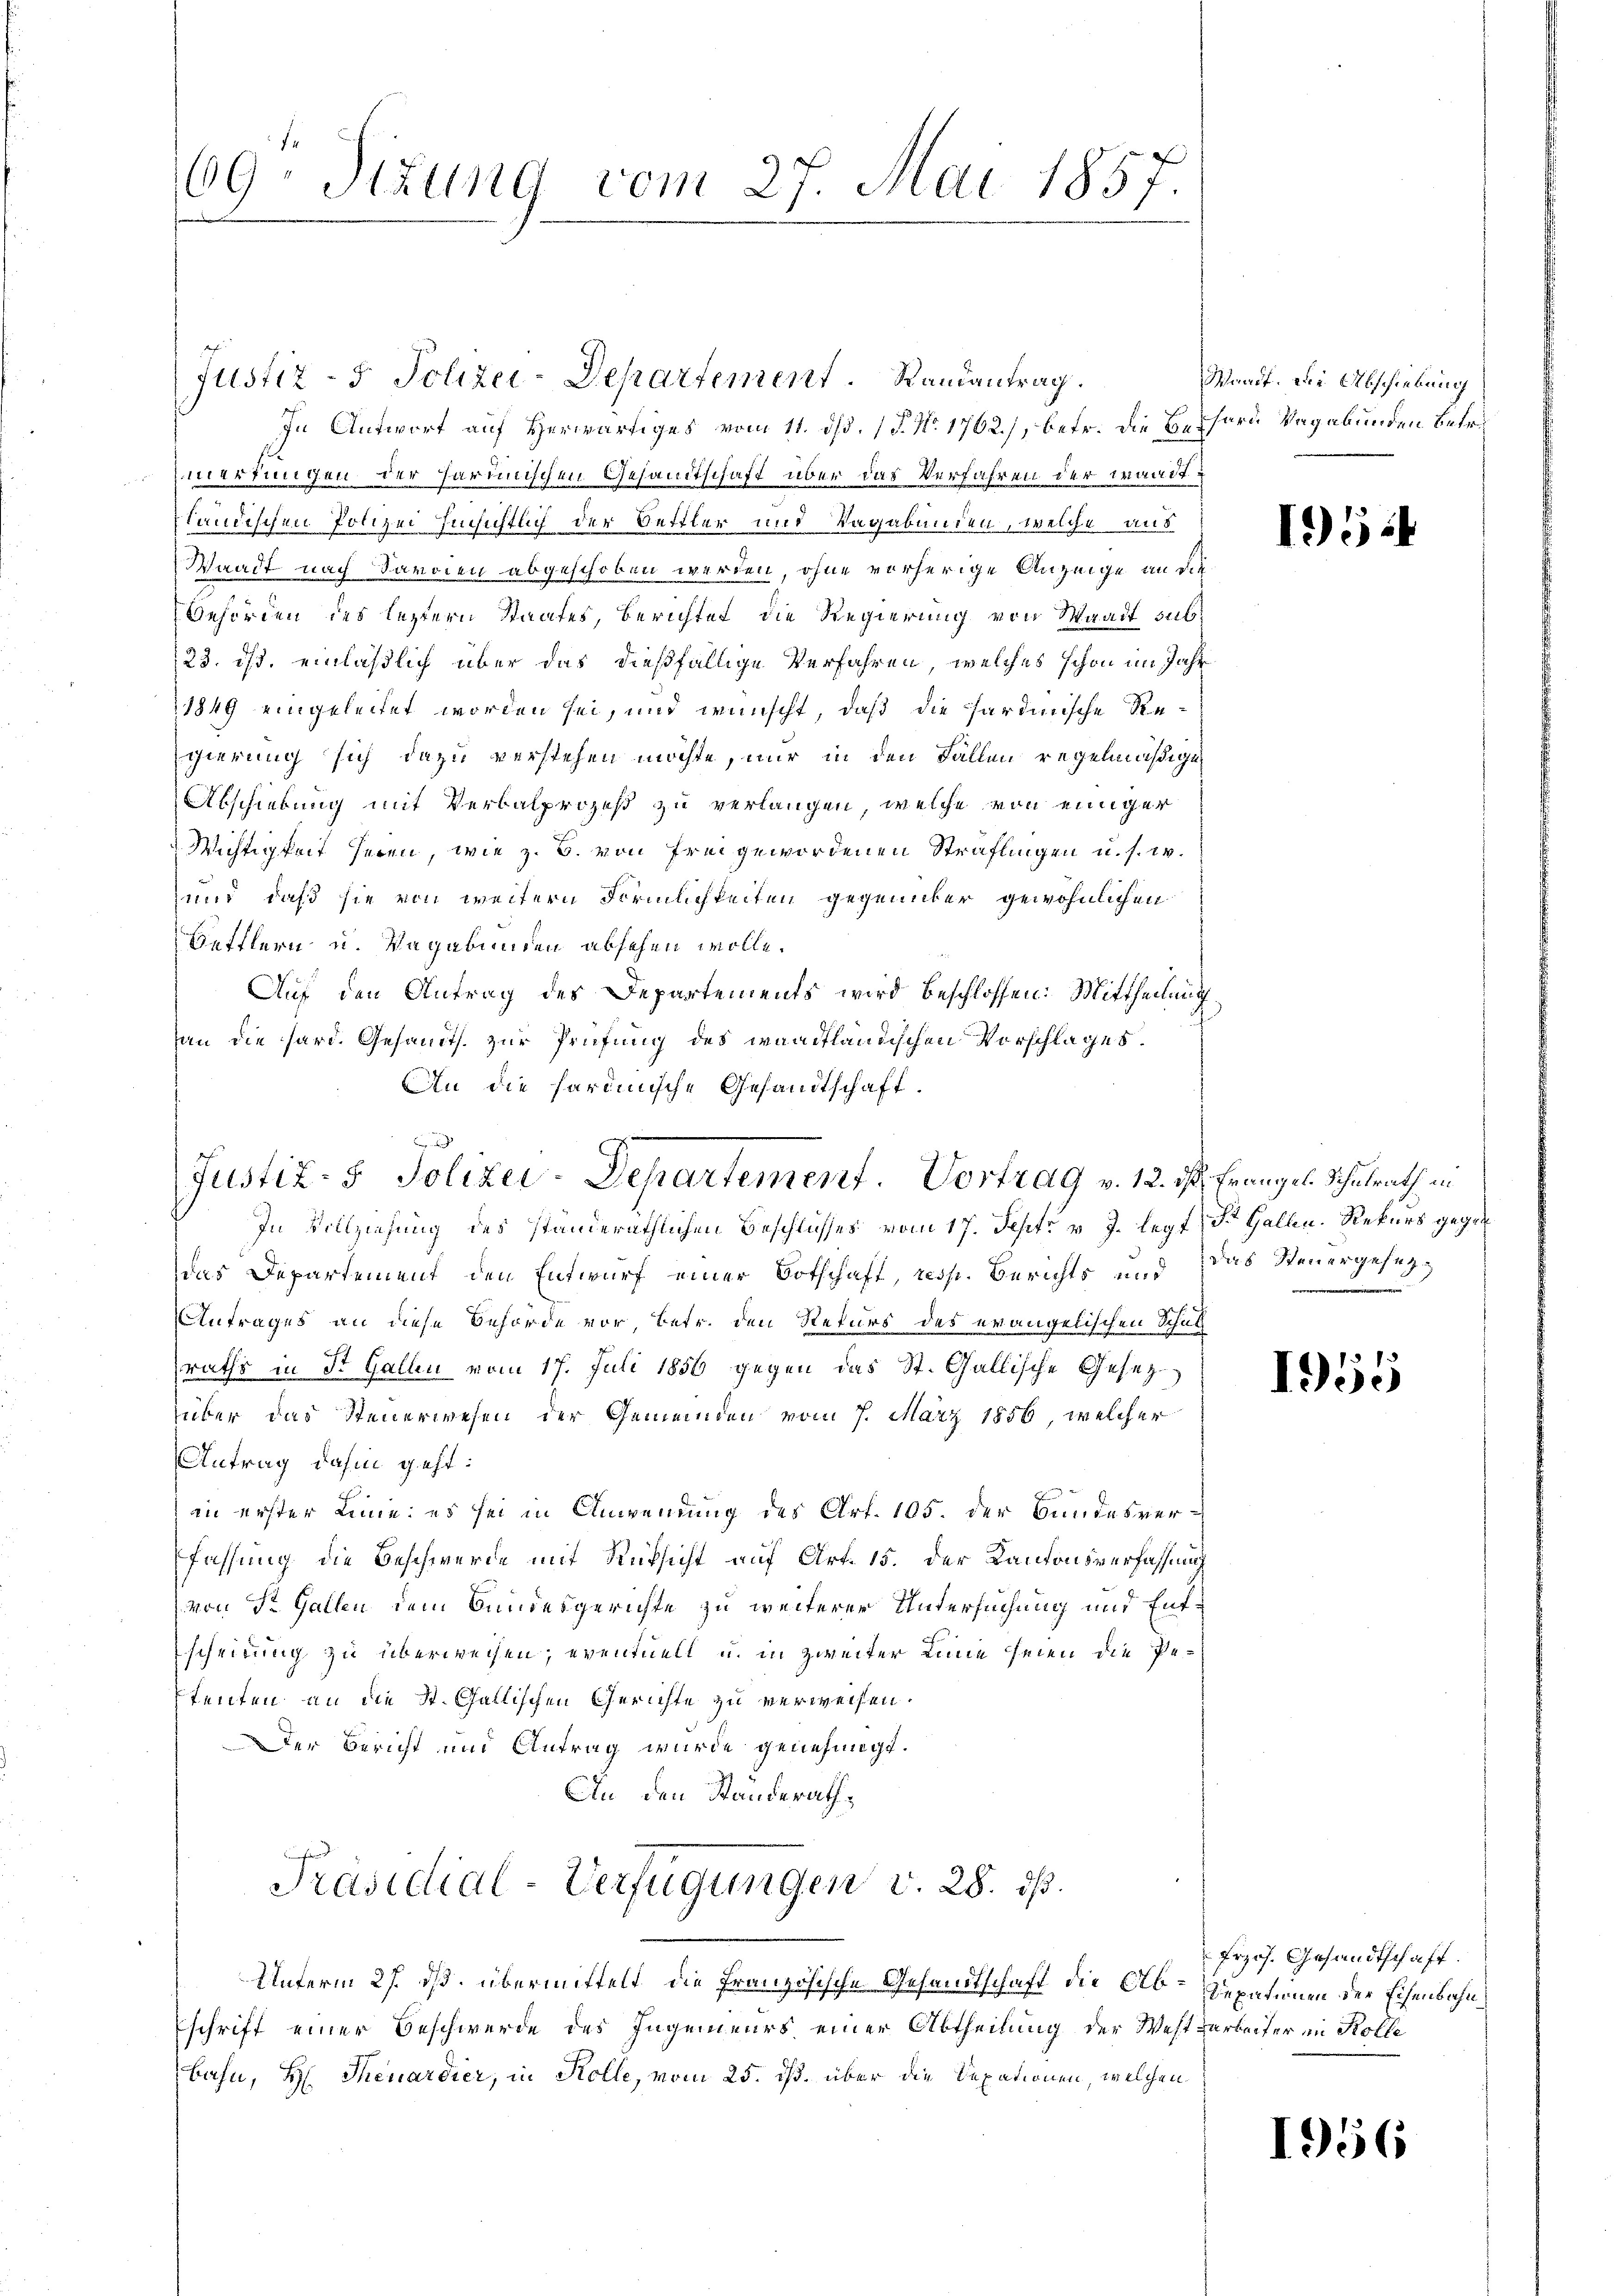
In Antwort auf Herwärtiges vom 11. ds. (T. No. 1762), betr. die Bessern Vagabunden betr.
merkungen der harminischen Gesandtschaft über das Verfahren der waadt
ländischen Polizei hinsichtlich der Bettler und Vagabunden, welche aus
Waadt nach Savoien abgeschoben werden, ohne vorherige Anzeige an die
Behörden des leztern Staates, berichtet die Regierung von Waadt sub¬
23. ds. einläßlich über das dießfällige Verfahren, welches schon im Jahr
1849 eingeleitet worden sei, und wünscht, daß die sardinische Re¬
Egierung sich dazu verstehen möchte, nur in den Fallen regelmäßigen
Abschiebung mit Verbalprozeß zu verlangen, welche von einiger
Wichtigkeit heren, wie z. B. von freigewordenen Sträflingen u. s. w.
und daß sie von weitern Förmlichkeiten gegenüber gewöhnlichen
Hettlern u. Vagabunden absehen wolle.
Auf den Antrag des Departements wird beschlossen: Mittheilung
an die hard. Gesamts zur Prüfung des waadtländischen Vorschlages.
An die harimische Gesandtschaft.
das Departement den Entwurf einer Botschaft, resp. Berichts und das Steuergesez¬
Antrages an diese Behörde vor, betr. den Rekurs des evangelischen Schul
raths in St. Gallen vom 17. Juli 1856 gegen das St. Gallische Gesez
über das Steuerwesen der Gemeinden vom 7. März 1856, welcher
Antrag dahin geht:
in erster Linie es sei in Anwendung des Art. 105. der Bundesver-
fassung die Beschwerde mit Rüksicht auf Art. 15. der Kantonsverfassung
von Sr. Gallen dem Bundesgerichte zu weiterer Untersuchung und Entscheidung zu überweisen, eventuell u. in zweiter Linie seien die Petenten an die St. Gallischen Gerichte zu verweisen.
Der Bericht und Antrag wurde genehmigt.
An den Standerath,
Präsidial-Verfügungen v. 28. ds.
Unterm 27. ds. übermittelt die französische Gesandtschaft die Ab-Zepationen der Eisenbahnschrift einer Beschwerde des Ingenieurs einer Abtheilung der Westarbeiter im Kolle
bahn, H. Theuerdier, in Kolle, vom 25. ds. über die Sexationen, welchen

69: Sizung vom 27. Mai 1857.

b
Justiz- & Polizei-Departement. Vortrag v. 12. ist, Frangel Schulrath in
In Vollziehung des ständeräthlichen Beschlusses vom 17. Sept. v. J. legt St. Gallen. Rekurs gegen¬

Justiz- & Polizei-Departement. Randantrag.

Waadt. Die Abschiebung

I.524

1955

Frzös. Gesandtschaft.

1956